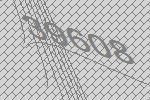
39608